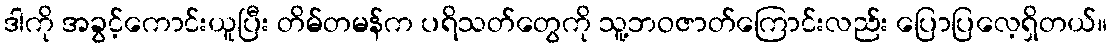
ဒါကို အခွင့်ကောင်းယူပြီး တိမ်တမန်က ပရိသတ်တွေကို သူ့ဘဝဇာတ်ကြောင်းလည်း ပြောပြလေ့ရှိတယ်။